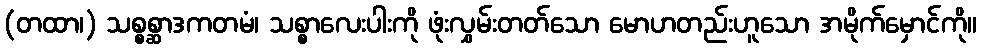
(တထာ၊) သစ္စစ္ဆာဒကတမံ၊ သစ္စာလေးပါးကို ဖုံးလွှမ်းတတ်သော မောဟတည်းဟူသော အမိုက်မှောင်ကို။